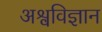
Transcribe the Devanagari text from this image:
अश्वविज्ञान